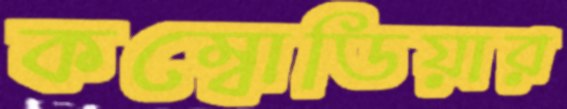
কম্বোডিয়ার